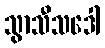
သွာသီသဒေါ